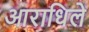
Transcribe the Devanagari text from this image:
आराधिले